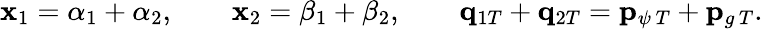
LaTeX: \mathbf{x}_{1}=\alpha_{1}+\alpha_{2},\qquad\mathbf{x}_{2}=\beta_{1}+\beta_{2},\qquad{\mathbf{q}}_{1T}+{\mathbf{q}}_{2T}={\mathbf{p}}_{\psi\, T}+{\mathbf{p}}_{g\, T}.